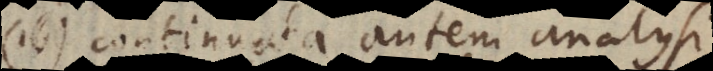
16) continuata autem analysi